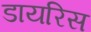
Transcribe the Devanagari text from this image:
डायरिस